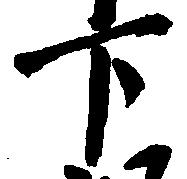
下